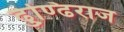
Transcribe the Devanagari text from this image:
ढुण्ढि़राज